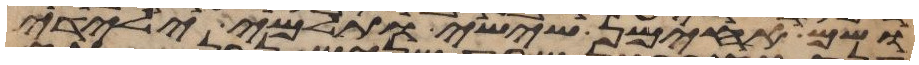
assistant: ושם אחימן ששי ותלמי ילידי